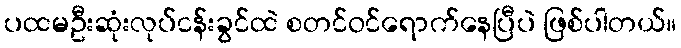
ပထမဦးဆုံးလုပ်ငန်းခွင်ထဲ စတင်ဝင်ရောက်နေပြီပဲ ဖြစ်ပါတယ်။